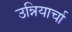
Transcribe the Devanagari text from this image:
उन्नियार्चा